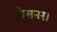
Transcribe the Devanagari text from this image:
मेसनर।